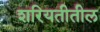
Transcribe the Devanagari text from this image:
शरियतीतील